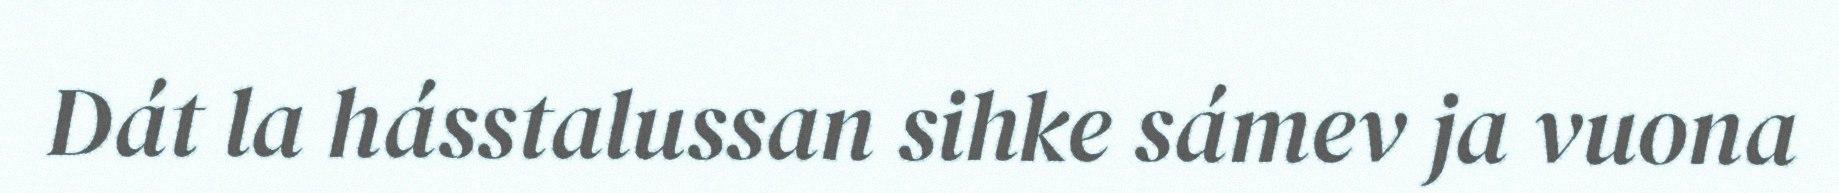
Dát la hásstalussan sihke sámev ja vuona